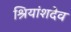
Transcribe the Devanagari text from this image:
श्रियांशदेव